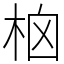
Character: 㭡